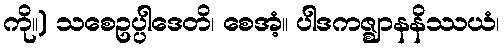
ကို။) သစေဥပ္ပါဒေတိ၊ စေအံ့။ ပါဒကဇ္ဈာနနိဿယံ၊